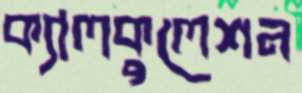
ক্যালকুলেশন